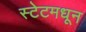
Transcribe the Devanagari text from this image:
स्टेटमधून